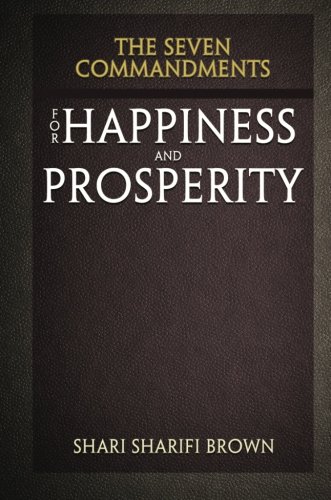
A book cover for The Seven Commandments for Happiness and Prosperity; Shari Sharifi Brown; Religion & Spirituality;